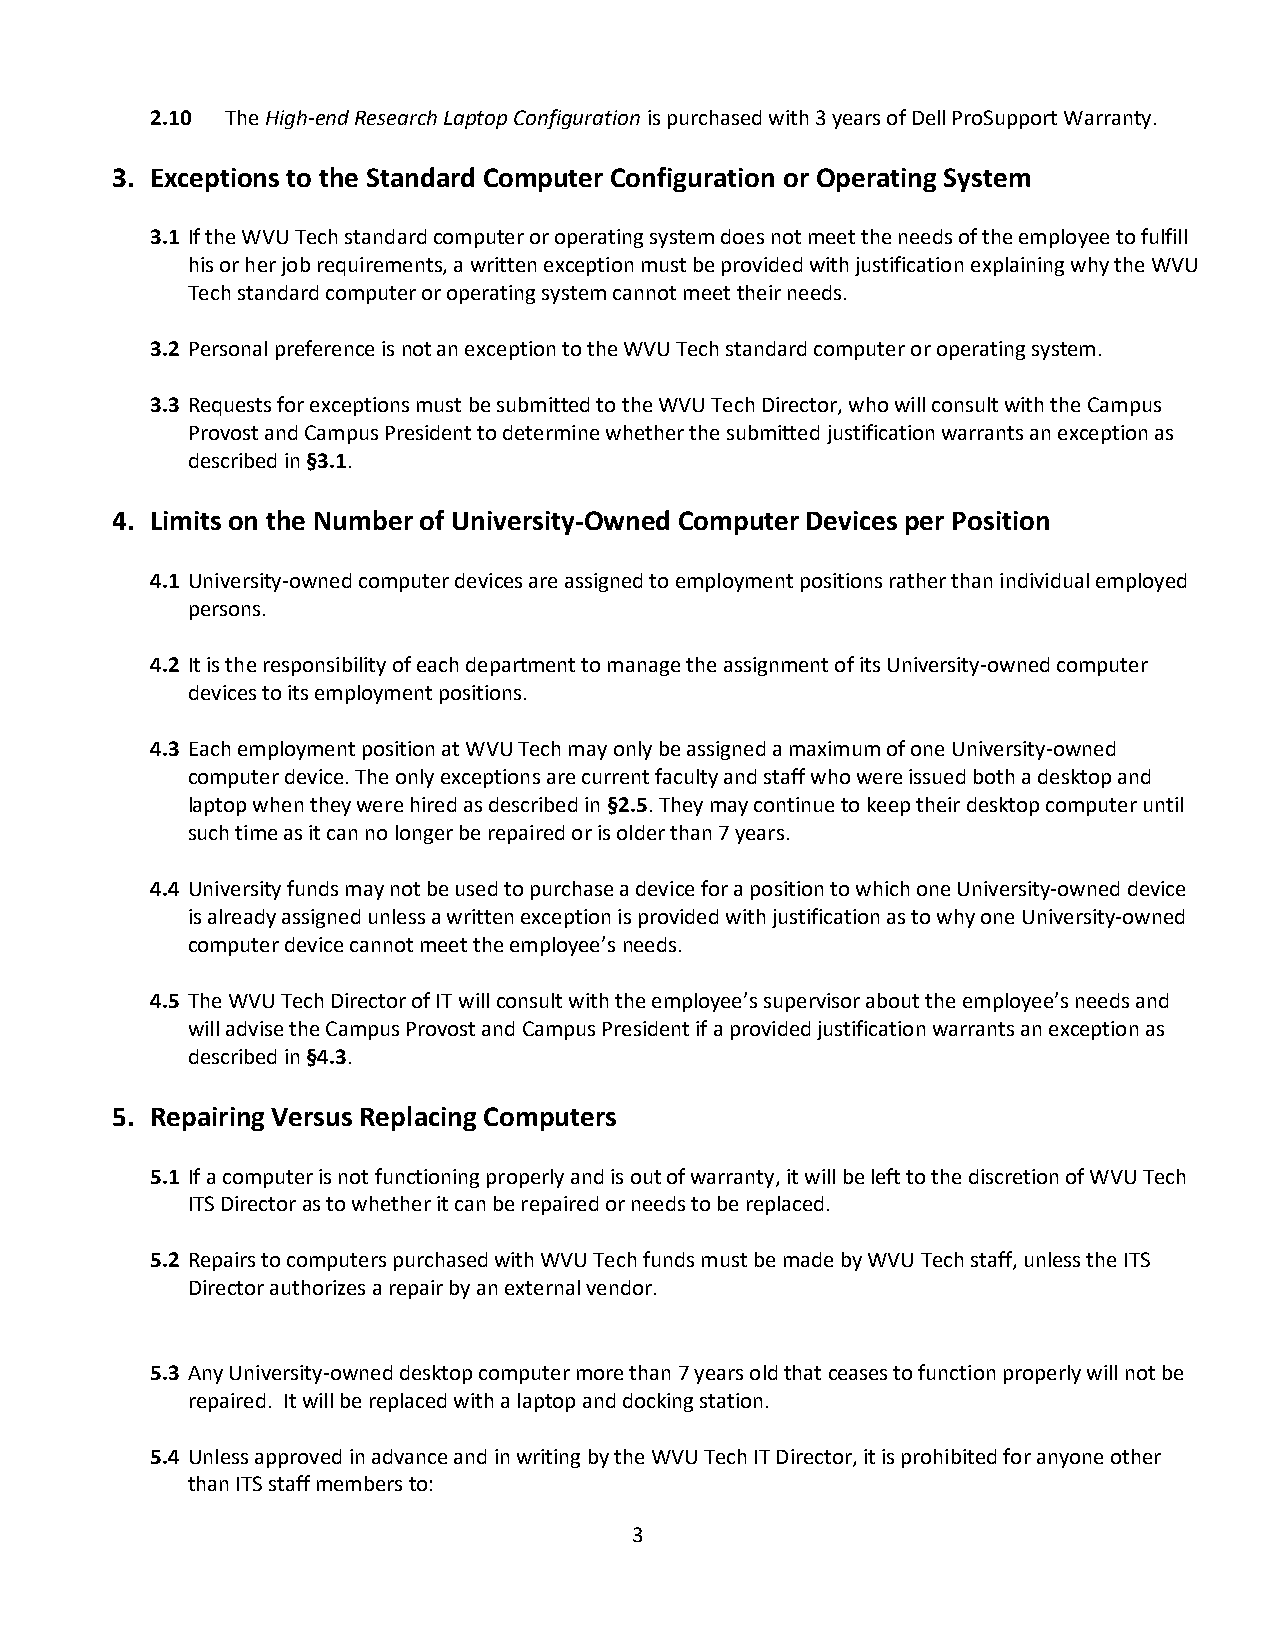
2.10 The High-end Research Laptop Configuration is purchased with 3 years of Dell ProSupport Warranty.
 3. Exceptions to the Standard Computer Configuration or Operating System
 3.1 If the WVU Tech standard computer or operating system does not meet the needs of the employee to fulfill
 his or her job requirements, a written exception must be provided with justification explaining why the WVU
 Tech standard computer or operating system cannot meet their needs.
 3.2 Personal preference is not an exception to the WVU Tech standard computer or operating system.
 3.3 Requests for exceptions must be submitted to the WVU Tech Director, who will consult with the Campus
 Provost and Campus President to determine whether the submitted justification warrants an exception as
 described in §3.1.
 4. Limits on the Number of University-Owned Computer Devices per Position
 4.1 University-owned computer devices are assigned to employment positions rather than individual employed
 persons.
 4.2 It is the responsibility of each department to manage the assignment of its University-owned computer
 devices to its employment positions.
 4.3 Each employment position at WVU Tech may only be assigned a maximum of one University-owned
 computer device. The only exceptions are current faculty and staff who were issued both a desktop and
 laptop when they were hired as described in §2.5. They may continue to keep their desktop computer until
 such time as it can no longer be repaired or is older than 7 years.
 4.4 University funds may not be used to purchase a device for a position to which one University-owned device
 is already assigned unless a written exception is provided with justification as to why one University-owned
 computer device cannot meet the employee’s needs.
 4.5 The WVU Tech Director of IT will consult with the employee’s supervisor about the employee’s needs and
 will advise the Campus Provost and Campus President if a provided justification warrants an exception as
 described in §4.3.
 5. Repairing Versus Replacing Computers
 5.1 If a computer is not functioning properly and is out of warranty, it will be left to the discretion of WVU Tech
 ITS Director as to whether it can be repaired or needs to be replaced.
 5.2 Repairs to computers purchased with WVU Tech funds must be made by WVU Tech staff, unless the ITS
 Director authorizes a repair by an external vendor.
 5.3 Any University-owned desktop computer more than 7 years old that ceases to function properly will not be
 repaired. It will be replaced with a laptop and docking station.
 5.4 Unless approved in advance and in writing by the WVU Tech IT Director, it is prohibited for anyone other
 than ITS staff members to:
 3